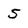
Character: 5